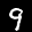
Label: 9